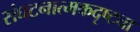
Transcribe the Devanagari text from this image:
संघटनात्मकदृष्ट्या